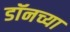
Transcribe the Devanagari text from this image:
डॉनच्या